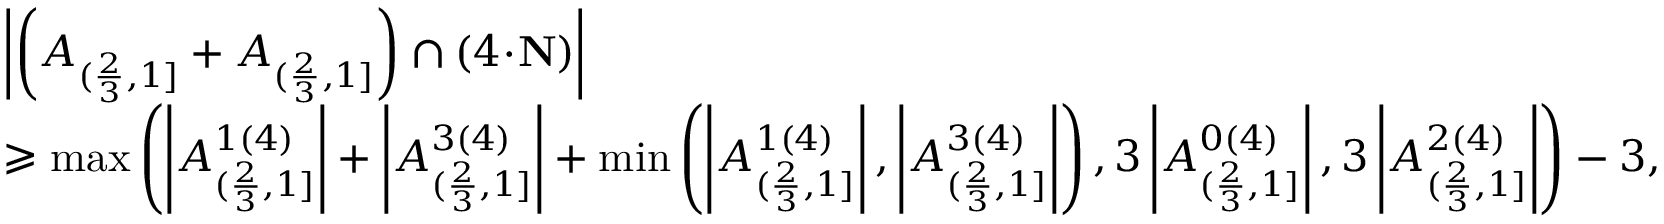
\begin{array} { r l } & { \left| \left( A _ { ( \frac { 2 } { 3 } , 1 ] } + A _ { ( \frac { 2 } { 3 } , 1 ] } \right) \cap ( 4 \! \cdot \! \mathbf { N } ) \right| } \\ & { \geqslant \operatorname* { m a x } \left( \left| A _ { ( \frac { 2 } { 3 } , 1 ] } ^ { 1 ( 4 ) } \right| + \left| A _ { ( \frac { 2 } { 3 } , 1 ] } ^ { 3 ( 4 ) } \right| + \operatorname* { m i n } \left( \left| A _ { ( \frac { 2 } { 3 } , 1 ] } ^ { 1 ( 4 ) } \right| , \left| A _ { ( \frac { 2 } { 3 } , 1 ] } ^ { 3 ( 4 ) } \right| \right) , 3 \left| A _ { ( \frac { 2 } { 3 } , 1 ] } ^ { 0 ( 4 ) } \right| , 3 \left| A _ { ( \frac { 2 } { 3 } , 1 ] } ^ { 2 ( 4 ) } \right| \right) - 3 , } \end{array}